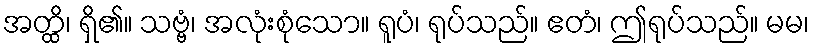
အတ္ထိ၊ ရှိ၏။ သဗ္ဗံ၊ အလုံးစုံသော။ ရူပံ၊ ရုပ်သည်။ ဧတံ၊ ဤရုပ်သည်။ မမ၊